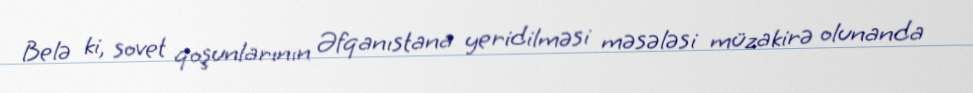
Belə ki, sovet qoşunlarının Əfqanıstana yeridilməsi məsələsi müzakirə olunanda